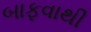
બાફવાથી